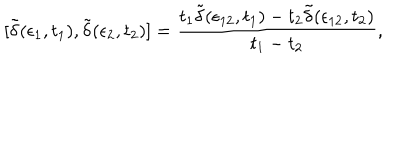
LaTeX: [ \tilde { \delta } ( \epsilon _ { 1 } , t _ { 1 } ) , \tilde { \delta } ( \epsilon _ { 2 } , t _ { 2 } ) ] = { \frac { t _ { 1 } \tilde { \delta } ( \epsilon _ { 1 2 } , t _ { 1 } ) - t _ { 2 } \tilde { \delta } ( \epsilon _ { 1 2 } , t _ { 2 } ) } { t _ { 1 } - t _ { 2 } } } ,